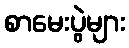
စာမေးပွဲများ